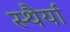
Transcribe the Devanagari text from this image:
स्थैर्या